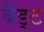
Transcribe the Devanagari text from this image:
बैंड्ट